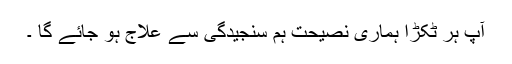
آپ ہر ٹکڑا ہماری نصیحت ہم سنجیدگی سے علاج ہو جائے گا ۔